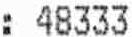
: 48333